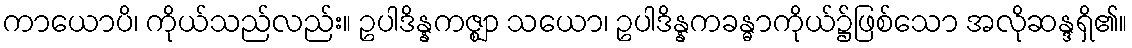
ကာယောပိ၊ ကိုယ်သည်လည်း။ ဥပါဒိန္နကဇ္ဈာ သယော၊ ဥပါဒိန္နကခန္ဓာကိုယ်၌ဖြစ်သော အလိုဆန္ဒရှိ၏။